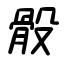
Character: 骰